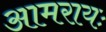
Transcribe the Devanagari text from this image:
आमरायः